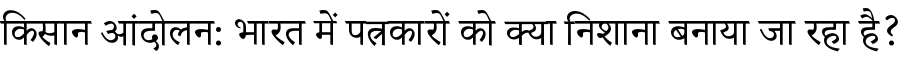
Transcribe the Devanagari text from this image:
किसान आंदोलन: भारत में पत्रकारों को क्या निशाना बनाया जा रहा है?